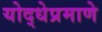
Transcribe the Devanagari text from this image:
योद्धेप्रमाणे